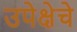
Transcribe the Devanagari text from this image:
उपेक्षेचे